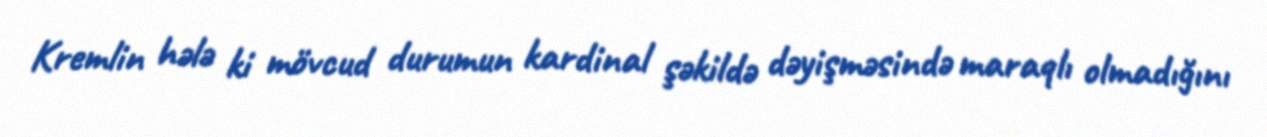
Kremlin hələ ki mövcud durumun kardinal şəkildə dəyişməsində maraqlı olmadığını